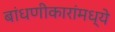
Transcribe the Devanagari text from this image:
बांधणीकारांमध्ये